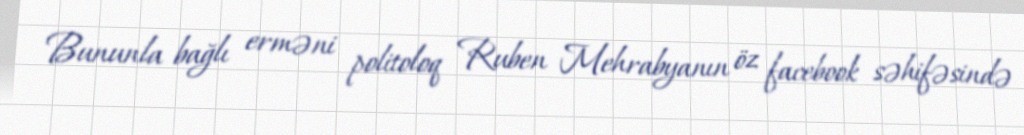
Bununla bağlı erməni politoloq Ruben Mehrabyanın öz facebook səhifəsində